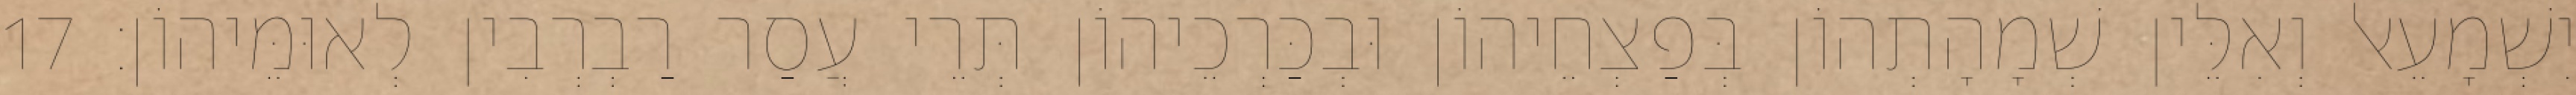
יִשְׁמָעֵאל וְאִלֵּין שְׁמָהָתְהוֹן בְּפַצְחֵיהוֹן וּבְכַּרְכֵיהוֹן תְּרֵי עֲסַר רַבְרְבִין לְאוּמֵּיהוֹן׃ 17